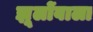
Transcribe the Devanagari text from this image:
झूलोंवाला